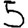
Digit: 5